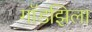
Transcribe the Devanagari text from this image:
गॉडझिला